Report on sanitation, dispensaries, and jails in Rajputana for 1915, and on vaccination for the year 1915-1916 - 1915-1916
Year: 1915
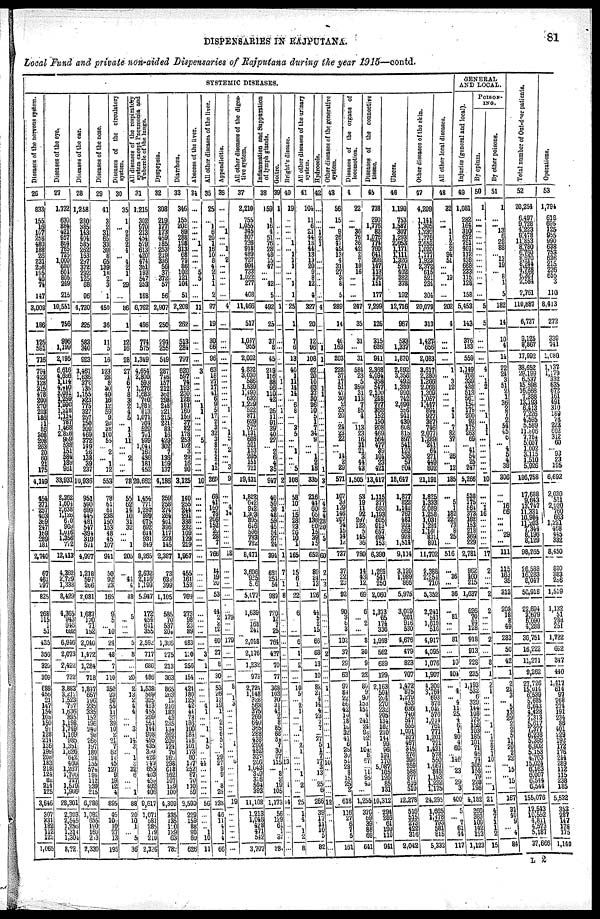
DISPENSARIES IN RAJPUTANA.
81
Local Fund and private non-aided Dispensaries of Rajputana during the year 1915—contd.
SYSTEMIC DISEASES.
Diseases
of the nervous system.
26
833
155
16
107
258
480
188
26
231 238
195 40
74
147
3,008
186
125
591
716
794
423
123
315
478
200
270
203
186
11
86 308
208
263
20
60
21
175
4,149
454
371 257
403 389
247
169
289 181
2,740
67
461
297
825
268
115
1
51
435
356
320
399
688
456
21 147
154 108
150 91
128
214
136
199
208
183
218
124
82
214
125
3,646
307
331
182
112
123
1,065
Diseases of the eye.
27
1,732
630
884
421
957 864
785
725
1,000
680
604
805
249
215
10,551
756
1,198
1,199
2,195
6,616
4,686
1,114
4,440
3,081
1,259
1,990
1,218
1,114
787
1,468
2,828
969
538 151
584
189
961
33,831
2,262
1,604
2,638 1,126 600
969
1,016
1,356 772
12,413
4,362
2,729
1,338
8,429
4,365
943
946
692
6,946
2,073
2,422
732
3,883
3,213
1,523 757
1,636
895
1,198
1,749
1,169
985
1,351
1,026
612
460
1,267
1,706
717
1,519 1,966
28,301
2,303
2,545
1,256
1,314
1,304
8,720
Diseases of the ear.
28
1,258
280
385
143
404
585
262
163
297
372
282
125
68
96
4,720
225
583
340
923
3,467
1,636
372 735
1,155
223 775
327
257
150
309
469
372
149
26
138
39
237
10,936
951
590 699
445
481
547
394
319
571
4,997
1,218
597
286
7,081
1,687
130
71
152
2,040
1,472
1,284
718
1,847
657
196
235
335
152
196
240
98
266
197
180
198
155
574
194
112
239
215
6,286
1,082
655
190
160
203
2,330
Diseases of the nose.
29
41
3
2
31 65
33
39
8
65
139
18
2
3
1
450
36
11
5
16
123
28
8
30
40
16
12
59
9
20
38
100
55
... 2
... 1
12
553
78
61
61
238
150
153
48
45
107
941
50
92
23
165
9 5
...
10
24
48
7
110
350
23
50
55
11
37
39
10
2
21
7
62
12
45
127
9
19
12
4
895
46
103
10
27 13
195
Diseases of the circulatory
system.
30
35
1
... 2
6 2
4
...
4
2
1
... 29
...
86
1
12
16
28
27
1
6
7
8
3
2
4
5
... 1
1
11
...
... 2
... ...
78
55
62 14 10
31
32
...
... 1
205
...
41
4
48
5 ...
...
...
5
8
...
20
2
13
2
4
4
...
... 3
... 14
3
... 1
3
32
6
...
... 1
88
20
10
1
...
5
36
All diseases of the respiratory
s ystem except Pneumonia and
Tubercle
of the lungs.
31
1,215
302
970 213
454
579 613
420 474
361
192
547
253
168
6,762
496
774
575
1,349
4,654
2,800 593
1,276
1,683
740
1,884
813
1,071
704
529
701
939
1,044
162
436
181
452
20,662
1,454
771
1,280
999 675 692
614
931
849
8,265
2,632
2,116
1,199
5,947
172
454
611 355
2,592
717
686
486
1,538
569
326
413
455
299
554
144
908
495
435
390
428
749
655
493
459
492
406
9,617
1,071
581
285
179
210
2,326
Dyspepsia.
32
308
219
177 173
459 185
253
219 336
56
37
372
57
56
2,907
250
294
255
549
287
746
157
212
362
798
248
221
215
224
83
16
429
302 7
136
109
137
4,186
259
258
274
264 401
396
117
273
145
2,387
73
633
399
1,105
585
70
537
204
1,306
275
213
363
865
263
19
216
183
43
235
134
262
209
124
76
260 298
618
162
107
129
100
4,309
335
135
150
129
63
783
Diarrhœa.
33
346
155
208
89
288
198
313
68
79
86 102
121
104
51
2,208
262
513
284
797
620
597
74
193
230 128
181
160 159
37 82
178
253
102
3
22 16
90
3,125
140
255 244
291
338 232
109 129 219
1,957
455
161
153
769
273
98
23
89
483
110
256
154
424
180
125
42
44
78
186 100
184
118
101
173
80
177
252
87
70
110
59
2,590
229
159
88
90
60
626
Abscess of the liver.
34
...
...
...
...
... 1
...
...
...
... 5
5
...
...
11
...
...
...
...
3
...
...
...
...
... 1
1
...
...
...
...
5
...
...
...
...
...
10
...
...
...
... ...
...
...
...
...
...
...
...
...
...
...
...
...
...
...
3
1
...
...
...
... 4
1
...
... 1
...
1 5
...
... 44
... ...
...
...
...
56
...
...
...
1
10
11
All other diseases of the liver.
35
25
...
1
6
20
1
16
10
8
4
2
1
1
2
97
19
30
66
96
63
18
27
17
41
6
9
5
17
2
3
32
3
8
2
2
2 12
269
68
41 160
78 206 152
20
28 7
766
14
19
20
53
44
2
2
12
60
27
8
30
53
26
12
19
1
... 2
5
6
5
3
... 29
27
9 9
8 8
24
238
46
11
5
1
4
66
Appendicitis.
36
...
...
... 1
...
... 1
...
2 ...
...
...
...
...
4
...
...
...
...
...
...
...
...
...
...
... 1
...
...
... 1
2
... 2
...
... 3
9
...
...
4
14
...
...
...
...
...
18
...
...
...
...
...
179
...
...
179
...
...
...
8
... 1
3
...
...
...
...
...
... 1
...
... 6
... ...
...
...
...
19
...
...
...
...
...
...
All other diseases of the diges¬
tive system.
37
2,210
755
1,055 345
807
726
918
489
227
994
733
1,022
277
408
11,466
517
1, 047
955
2,002
4,832
3,030 586
1,539
1,499
632
1,229
522
871
629
572
1,131
608 521
153
205
151
721
19,131
1,822 642
942
1,303
895
646
595
783
782
8,471
3,696
925
506
5,077
1,639
...
168
241
2,018
2,176
1,232
973
2,724
1,148
328
563
375
269
640
385
288
438 290
432
327
266
1,043
349
316
504
393
11,108
1 213
1,048
428
471
542
3,707
Inflammation and Suppuration
of lymph glands.
38
159
1
16
4
51
76
28 48
15
47
... ...
42
5
492
25
37
8
45
219
116
88 96
110
42
...
26
11
91
39
40
22
... 2
6
4
35
947
40
59 38 48
59
45
54
27
24
384
631
251
54
983
720 12
7
25
764
437
70
77
368
103
30
34
41
2
8
85 68
84
7
30
67
115
... 8
2
19
105
1,173
56
129
61
1
37
280
Goitre.
39
1
...
...
...
...
...
...
...
...
...
...
...
...
...
1
...
...
...
...
...
... 1
...
...
...
... 1
...
...
...
...
...
...
...
...
...
...
2
...
1 ...
... ...
...
...
...
...
1
7
... 1
8
...
...
...
...
...
...
...
...
...
...
...
...
...
...
...
...
...
...
...
...
... 13
... ...
...
1 ...
14
...
...
...
...
...
...
Bright's disease.
40
19
...
...
...
... 1
... 1
1
1
...
... 1
1
25
1
7
6
13
40
1
11
14
14
... 6
8
...
... 3
5
...
... 1
...
... 5
108
58
10
...
15
28
23
20
10
1
165
15 6
1
22;
6
...
...
...
6
1
2
...
10
5
... 2
1
...
... 1
...
... 2
1
...
...
... 1
... 2
...
25
1
4
... 1
2
8
All other diseases of the urinary
system.
41
101
11
6
21
44
15 44
13
13
20
9
»
12
4
327
20
12
96
108
62
20
10
57
So 26
10
5
1
7
34
9
... 1
2
18
335
216
44
60
65
138
60
15
39
15
652
89
24 13
126
44
5
2
15
66
68
13
10
82
24
4
14
4
23
7 7
27
5
1
7
17 3
13
"'25
6
266
39
17
11
10 5
82
Hydrocele.
42
...
...
... 1
2
1
...
...
...
...
...
...
...
...
4
...
1 ...
1
...
...
...
...
...
...
...
...
...
...
...
...
...
...
...
...
...
1
3
...
4
2
4 28
20
...
5
...
60
2
... 3
5
...
...
...
...
...
2
...
...
1
...
...
...
...
...
...
...
...
... 1
...
...
10
... ...
...
...
...
12
...
...
...
...
...
...
Other diseases of the generative
system.
43
56
15
... 9
26
47
45
13
4
31
27 3
8
5
289
14
40 163
203
228
37 17
51
47
30
2
25 20
... 24
23
22
...
... 14
2
29
571
107 33
129
146
207
74
15
14
12
737
37
32
23
92
90
3
8
3
102
37
29
63
97
84
22
66
42
16
18
10
32
41
6
25
30
51
28
8
15
25
2
618
116
27
6
7
5
161
Diseases of the organs of
locomotion.
44
22
...
...
36 76
36
42
2
7
10
16
... ...
...
247
35
31
...
31
584
23
5 359
31
113
7
85
4
... 113
23
16
21
21
3
44
43
1,505
53
19
11
92
297
122
5
145
36
780
14
43
12
69
6
...
2
...
8
30
9
22
80
9
90
153
151
4
241
24
92
82
1
104
8
57
... 11
95
43
...
1,255
376
69
39
88 69
641
Diseases of the connective
tissue.
45
738
290
1,776
82
1,078
774 760
641
398
147
113
176
151
177
7,299
125
315
626
941
2,368
4,094
358
547
2,100
248
727
368
152
150
208
469 564
477
39
104
23 421
13,417
1,115
377 683
1,193 605 913
657
694
153
6,390
1,269
541
250
2,060
1,373 65
174 336
1,948
562
689
129
2,163
504
264
270
232
205
134
162
210
144
99
96
191
170
5,087
105
120 85 131
10,312
2984
286
61
190
110
941
Ulcers.
46
1,190
753
1,587
307
1,293
2,053
1,171
1,111
1,326
571 402
382
378
192
12,716
967
533
1,337
1,870
2,892
3,356
492
1,330
990
742
2,690
586 941
430
608
815
897
541
120
536
57
604
18,617
1,877
822
1,142
767
481
921
662 928
1,514
9,114
3,120
1,989
866
5,975
3,029
201
916 530
4,676
479
823
707
1,472 875
1,270
453
636
740
547
555
1,091
307 467
315
276
396
259
586
877
616 510
12,278
516
515
273 422
316
2,042
Other diseases of the skin.
47
4,209
1,141
1,305
1,230
1,376
2,652
1,020
1,177
1,923
2,372
615
521
234
304
20,079
313
1,427 658
2,083
3,617
2,280
1,266 2,068
1,309
1,057
1,447 894
927
387
746
2,077
1,289
241 64
271
449 802
21,191
1,825
1,333 2,089
1,258 1,031
1,284
1,160
831 891
11,702
2,388
2,254
710
5,352
2,241
541
1,619
516
4,917
4,095
1,076
1,907
4,300
3,764
693
878
1,042
576
1,614
761
771
1,201
721
1,431
578
550
1,067
848
1,193
1,232
l,175
24,29b
1,665
1,478 793
581
815
5,332
All other local diseases.
48
32
...
... 1
1
2
2
94 51
...
... 19
...
...
202
4
...
...
...
1
... 3
12
...
...
...
4
1
... 7
82
37
...
... 26
... 12
185
...
5
1
182 222
73
8
25
...
516
...
36
...
36
...
81
...
...
81
...
10
104
...
4
... 4
11
25
4
6
1
80
4
60
... 146
... 23
... 29 3
400
5
...
7
61
44
117
GENERAL
AND LOCAL.
injuries (general and local).
49
1,081
282
164
310
612
751
401
112
438
668
233
115
128
158
5,453
143
376
183
559
1,149
768
339 438
513
562
154
178
200
92 175
263
69
... 41
54 25
247
5,266
538
175
564
373 162
153
218
369 229
2,781
962
460
215
1,037
626
70
94 128
918
913
228
235
1,193
532
6
329
144
108
175
156
103
185
101
71
45
74
306
158
79 220 196
4,182
366
383
109
142
123
1,123
POISON¬
ING.
By opium.
50
1
...
...
...
... ...
...
...
...
...
... ...
...
...
5
5
...
...
...
4
...
1 2
...
...
...
... 1
... 1
1
...
...
...
...
...
...
10
...
... 1
16
...
...
...
...
...
17
2
...
...
2
2
...
...
...
2
...
8
1
2
1
...
...
...
...
... 1
... 1
2
2
1
10
... ...
...
... 1
21
4
7
1
1
2
15
By other poisons.
51
1
...
... 13
6
28 88
... 13
19
... 8
1
5
182
14
10
4
14
22
24
3
51
2
1
36
2
7
2
54
45
6
... 4
5
4
38
306
...
... 16
66 ...
...
29 ...
...
111
115
163
35
313
208
18
8
49
283
50
42
1
2
21
3
... 5
13
29
2
2
5
11
20
2
22
... 15
...
15
...
167
31
40
9
...
4
84
Total number of Out-door patients.
52
20,254
6,497
9,728
4,223
9,478
11,853 8,780
6,760
8,670
8,244
4,728
6,327
2,584
2,761
110,887
6,737
9,125 8,867
17,992
38,652
29,199
6,537
15,598
16,668
7,388
13,193
6,413
7,226
4,595
5,589
11,806
7,784
5,067
1,002
3,115
1,510
5,926
186,758
17,688
9,643 13,747
11,331
10,984
11,203
7,344 8,196
8,129
98,265
26,588
16,283
8,047
50,918
22,694
3,679
6,090
4,288
36,751
16,222
11,271
9,262
27,726
15,014
6,539
5,685
6,643
4,428 7,313
5,617
7,377
6,238 5,396
6,902
5,153
15,024 15,024
6,163
6,007 6,544 6,544
155,076
12,543
10,552
4,811
4,573
5,187
37,666
Operations.
53
1,794
618
695
125 955
990
638
753
636
215
226
655
3
110
8,413
272
339
741
1,080
1,137
1,179
332
635
672
161
491
310
189
78
223
602
312
60
... 93
23
195
6,692
2,030
511
2,020
760 663
1,222 468
445
332
8,450
800
383
256
1,519
1, 132
51
288
251
1,722
692
347
440
1,117
614
97
268
274
191
234 86
401
229
192
172
176
244
289
112
115 238 185
5,532
353
287
147
178 175
1,140
L 2